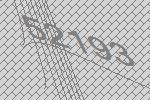
52193